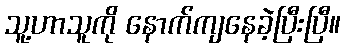
သူ့ဟာသူကို နောက်ကျနေခဲ့ပြီးပြီ။